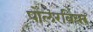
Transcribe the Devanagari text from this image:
पोलरबियर